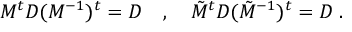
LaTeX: M ^ { t } D ( M ^ { - 1 } ) ^ { t } = D \quad , \quad \tilde { M } ^ { t } D ( \tilde { M } ^ { - 1 } ) ^ { t } = D \; .